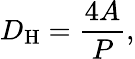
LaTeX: D_{\mathrm{H}}={\frac{4A}{P}},